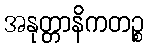
အနုတ္တာနိကတဉ္စ